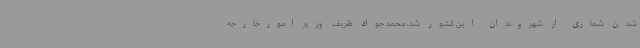
شدن شماری از شهروندان این کشور شد، محمد جواد ظریف وزیر امورخارجه